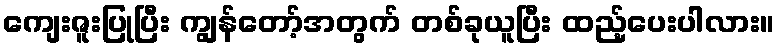
ကျေးဇူးပြုပြီး ကျွန်တော့်အတွက် တစ်ခုယူပြီး ထည့်ပေးပါလား။